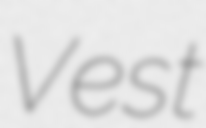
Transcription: Vest